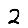
Digit: 2